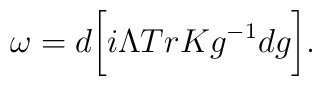
{\omega}=d\bigg[i{\Lambda}TrKg^{-1}dg\bigg].